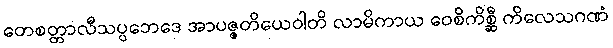
တေစတ္တာလီသပ္ပဘေဒေ အာပဇ္ဇတိယေဝါတိ လာမိကာယ ဝေစိကိစ္ဆီ ကိလေသဂဏံ